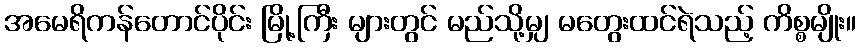
အမေရိကန်တောင်ပိုင်း မြို့ကြီး များတွင် မည်သို့မျှ မတွေးထင်ရဲသည့် ကိစ္စမျိုး။